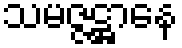
သမဇ္ဇဋ္ဌာနေ